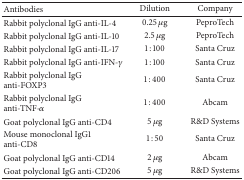
<table><thead><tr><td><b>Antibodies</b></td><td><b>Dilution</b></td><td><b>Company</b></td></tr></thead><tbody><tr><td>Rabbit polyclonal IgG anti-IL-4</td><td>0.25 <i>μ</i>g</td><td>PeproTech</td></tr><tr><td>Rabbit polyclonal IgG anti-IL-10</td><td>2.5 <i>μ</i>g</td><td>PeproTech</td></tr><tr><td>Rabbit polyclonal IgG anti-IL-17</td><td>1 : 100</td><td>Santa Cruz</td></tr><tr><td>Rabbit polyclonal IgG anti-IFN-<i>γ</i></td><td>1 : 100</td><td>Santa Cruz</td></tr><tr><td>Rabbit polyclonal IgG anti-FOXP3</td><td>1 : 400</td><td>Santa Cruz</td></tr><tr><td>Rabbit polyclonal IgG anti-TNF-<i>α</i></td><td>1 : 400</td><td>Abcam </td></tr><tr><td>Goat polyclonal IgG anti-CD4</td><td>5 <i>μ</i>g</td><td>R&amp;D Systems </td></tr><tr><td>Mouse monoclonal IgG1 anti-CD8</td><td>1 : 50</td><td>Santa Cruz</td></tr><tr><td>Goat polyclonal IgG anti-CD14</td><td>2 <i>μ</i>g</td><td>Abcam</td></tr><tr><td>Goat polyclonal IgG anti-CD206</td><td>5 <i>μ</i>g</td><td>R&amp;D Systems </td></tr></tbody></table>